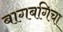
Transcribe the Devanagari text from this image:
बागबगिचा